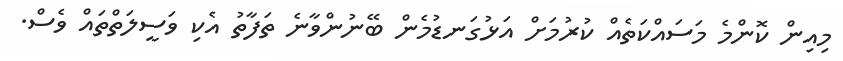
މިއިން ކޮންމެ މަސައްކަތެއް ކުރުމަށް އަޅުގަނޑުމެން ބޭނުންވާނެ ތަފާތު އެކި ވަސީލަތްތައް ވެސް.